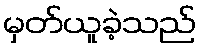
မှတ်ယူခဲ့သည်